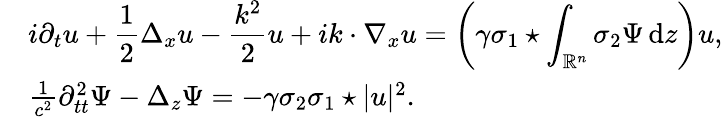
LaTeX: \begin{array}{rl}&{i\partial_{t}u+\displaystyle\frac 12\Delta_{x}u-\displaystyle\frac{k^{2}}{2}u+ik\cdot\nabla_{x}u=\left(\gamma\sigma_{1}\star\displaystyle\int_{\mathbb R^{n}}\sigma_{2}\Psi\, {\mathrm{d}}z\right)u,}\\ &{\frac{1}{c^{2}}\partial_{tt}^{2}\Psi-\Delta_{z}\Psi=-\gamma\sigma_{2}\sigma_{1}\star|u|^{2}.}\end{array}